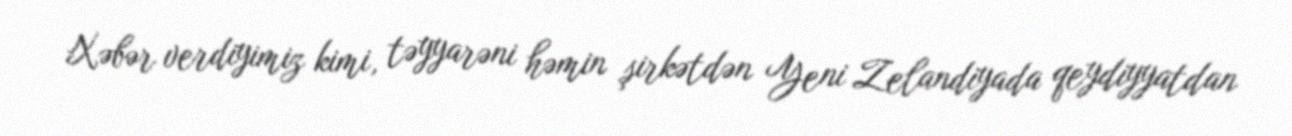
Xəbər verdiyimiz kimi, təyyarəni həmin şirkətdən Yeni Zelandiyada qeydiyyatdan